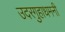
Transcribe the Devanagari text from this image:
उदरगुहाधमनी